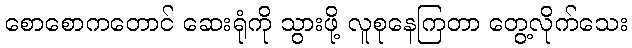
စောစောကတောင် ဆေးရုံကို သွားဖို့ လူစုနေကြတာ တွေ့လိုက်သေး